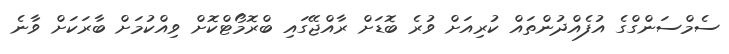
ސެމްސަންގްގެ އުފެއްދުންތައް ކުރިއަށް ވުރެ ބޮޑަށް ރާއްޖޭގައި ބްރޮމޯޓްކޮށް ވިއްކުމަށް ބާރަކަށް ވާނެ